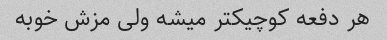
هر دفعه کوچیکتر میشه ولی مزش خوبه